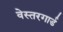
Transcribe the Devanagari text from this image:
वेस्तरगार्ड